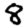
Digit: 8